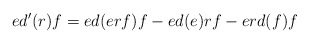
\begin{align*} ed'(r)f=ed(erf)f-ed(e)rf-erd(f)f \end{align*}